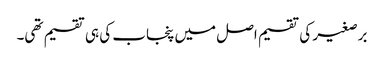
برصغیر کی تقسیم اصل میں پنجاب کی ہی تقسیم تھی۔